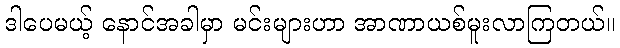
ဒါပေမယ့် နောင်အခါမှာ မင်းများဟာ အာဏာယစ်မူးလာကြတယ်။